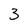
Character: 3